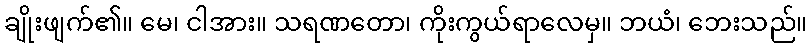
ချိုးဖျက်၏။ မေ၊ ငါအား။ သရဏတော၊ ကိုးကွယ်ရာလေမှ။ ဘယံ၊ ဘေးသည်။